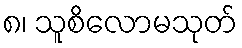
၈၊ သူစိလောမသုတ်